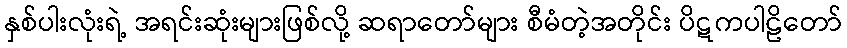
နှစ်ပါးလုံးရဲ့ အရင်းဆုံးများဖြစ်လို့ ဆရာတော်များ စီမံတဲ့အတိုင်း ပိဋကပါဠိတော်